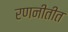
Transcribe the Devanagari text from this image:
रणनीतीत